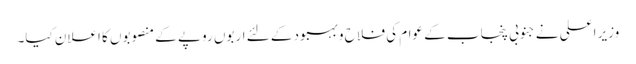
وزیر اعلی نے جنوبی پنجاب کے عوام کی فلاح و بہبود کے لئے اربوں روپے کے منصوبوں کا اعلان کیا۔